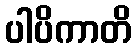
ပါပိကာတိ